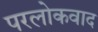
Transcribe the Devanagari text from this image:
परलोकवाद